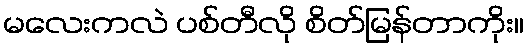
မလေးကလဲ ပစ်တီလို စိတ်မြန်တာကိုး။